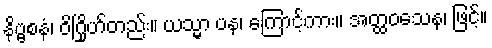
နိဗ္ဗစနံ၊ ဝိဂြိုဟ်တည်း။ ယသ္မာ ပန၊ ကြောင့်ကား။ အတ္ထဝသေန၊ ဖြင့်။